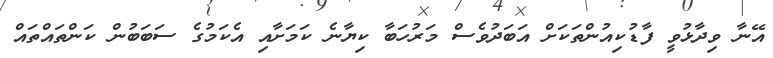
އޭނާ ވިދާޅުވީ ފާޑުކިއުންތަކަށް އަބަދުވެސް މަރުހަބާ ކިޔާނެ ކަމަށާއި އެކަމުގެ ސަބަބުން ކަންތައްތައް